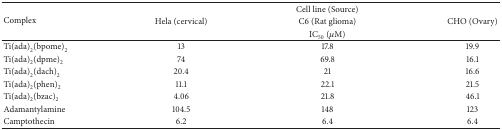
<table><thead><tr><td rowspan="3"><b>Complex</b></td><td colspan="3"><b>Cell line (Source)</b></td></tr><tr><td><b>Hela (cervical)</b></td><td><b>C6 (Rat glioma)</b></td><td><b>CHO (Ovary)</b></td></tr><tr><td colspan="3"><b>IC<sub>50</sub> (μM)</b></td></tr></thead><tbody><tr><td>Ti(ada)<sub>2</sub>(bpome)<sub>2</sub></td><td>13</td><td>17.8</td><td>19.9</td></tr><tr><td>Ti(ada)<sub>2</sub>(dpme)<sub>2</sub></td><td>74</td><td>69.8</td><td>16.1</td></tr><tr><td>Ti(ada)<sub>2</sub>(dach)<sub>2</sub></td><td>20.4</td><td>21</td><td>16.6</td></tr><tr><td>Ti(ada)<sub>2</sub>(phen)<sub>2</sub></td><td>11.1</td><td>22.1</td><td>21.5</td></tr><tr><td>Ti(ada)<sub>2</sub>(bzac)<sub>2</sub></td><td>4.06</td><td>21.8</td><td>46.1</td></tr><tr><td>Adamantylamine</td><td>104.5</td><td>148</td><td>123</td></tr><tr><td>Camptothecin</td><td>6.2</td><td>6.4</td><td>6.4</td></tr></tbody></table>